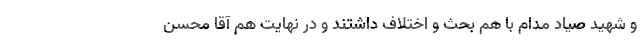
و شهید صیاد مدام با هم بحث و اختلاف داشتند و در نهایت هم آقا محسن